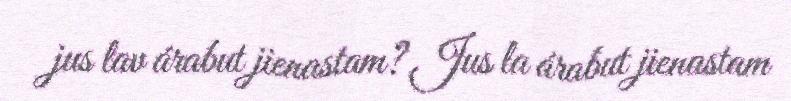
jus lav árabut jienastam? Jus la árabut jienastam